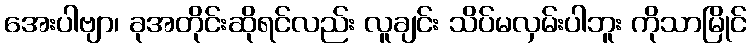
အေးပါဗျာ၊ ခုအတိုင်းဆိုရင်လည်း လူချင်း သိပ်မလှမ်းပါဘူး ကိုသာမြိုင်